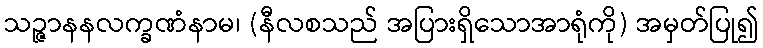
သဉ္ဇာနနလက္ခဏံနာမ၊ (နီလစသည် အပြားရှိသောအာရုံကို) အမှတ်ပြု၍